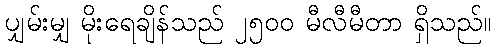
ပျှမ်းမျှ မိုးရေချိန်သည် ၂၅၀၀ မီလီမီတာ ရှိသည်။